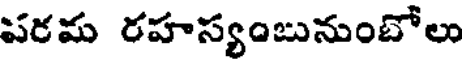
పరమ రహస్యంబునుంబోలు